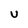
Character: U